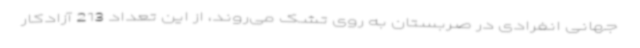
جهانی انفرادی در صربستان به روی تشک می‌روند، از این تعداد 213 آزادکار